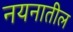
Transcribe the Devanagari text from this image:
नयनातील